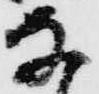
な